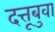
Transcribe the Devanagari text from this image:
दत्तूबुवा